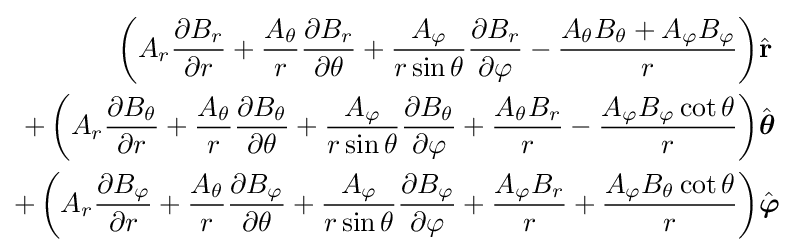
{\begin{aligned}\left(A_{r}{\frac {\partial B_{r}}{\partial r}}+{\frac {A_{\theta }}{r}}{\frac {\partial B_{r}}{\partial \theta }}+{\frac {A_{\varphi }}{r\sin \theta }}{\frac {\partial B_{r}}{\partial \varphi }}-{\frac {A_{\theta }B_{\theta }+A_{\varphi }B_{\varphi }}{r}}\right)&{\hat {\mathbf {r} }}\\+\left(A_{r}{\frac {\partial B_{\theta }}{\partial r}}+{\frac {A_{\theta }}{r}}{\frac {\partial B_{\theta }}{\partial \theta }}+{\frac {A_{\varphi }}{r\sin \theta }}{\frac {\partial B_{\theta }}{\partial \varphi }}+{\frac {A_{\theta }B_{r}}{r}}-{\frac {A_{\varphi }B_{\varphi }\cot \theta }{r}}\right)&{\hat {\boldsymbol {\theta }}}\\+\left(A_{r}{\frac {\partial B_{\varphi }}{\partial r}}+{\frac {A_{\theta }}{r}}{\frac {\partial B_{\varphi }}{\partial \theta }}+{\frac {A_{\varphi }}{r\sin \theta }}{\frac {\partial B_{\varphi }}{\partial \varphi }}+{\frac {A_{\varphi }B_{r}}{r}}+{\frac {A_{\varphi }B_{\theta }\cot \theta }{r}}\right)&{\hat {\boldsymbol {\varphi }}}\end{aligned}}